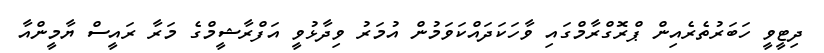
ދިޓީވީ ހަބަރުތެރެއިން ޕްރޮގްރާމްގައި ވާހަކަދައްކަވަމުން އުމަރު ވިދާޅުވީ އަފްރާޝީމްގެ މަރާ ރައީސް ޔާމީންއާ